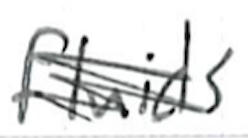
Text: fluids
Cross-out: scratch
Writing tool: ballpoint